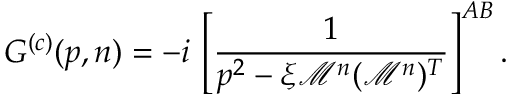
G ^ { ( c ) } ( p , n ) = - i \, \left[ \frac { 1 } { p ^ { 2 } - \xi \mathcal { M } ^ { n } ( \mathcal { M } ^ { n } ) ^ { T } } \right] ^ { A B } .